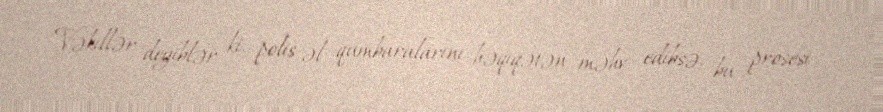
Vəkillər deyiblər ki, polis əl qumbaralarını həqiqətən məhv edibsə, bu prosesi